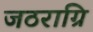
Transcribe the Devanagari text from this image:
जठराग्रि